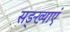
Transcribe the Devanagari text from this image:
सङ्ख्याएं